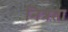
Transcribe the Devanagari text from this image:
नित्रता